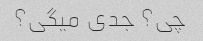
چی؟ جدی میگی؟